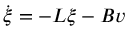
\dot { \boldsymbol { \xi } } = - \boldsymbol { L } \boldsymbol { \xi } - \boldsymbol { B } \boldsymbol { v }